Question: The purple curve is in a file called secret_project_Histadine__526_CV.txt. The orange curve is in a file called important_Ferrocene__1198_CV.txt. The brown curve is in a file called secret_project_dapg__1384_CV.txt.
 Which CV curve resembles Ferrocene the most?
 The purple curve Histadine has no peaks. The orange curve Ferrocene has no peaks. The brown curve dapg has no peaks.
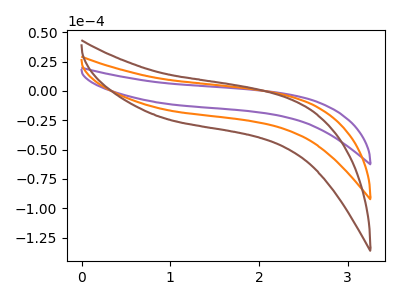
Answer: <think>Neither "Histadine" or "Ferrocene" have any peaks. Neither "Histadine" or "dapg" have any peaks. Neither "Ferrocene" or "dapg" have any peaks.
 </think>
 <answer>"Ferrocene" and "dapg" have a similar shape to "Histadine".</answer>
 <eval>"Ferrocene" "dapg"</eval>